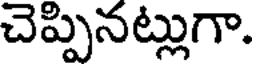
చెప్పినట్లుగా.